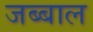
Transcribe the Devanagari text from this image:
जब्बाल